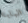
البابا